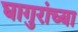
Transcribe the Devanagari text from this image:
घागुरांच्या